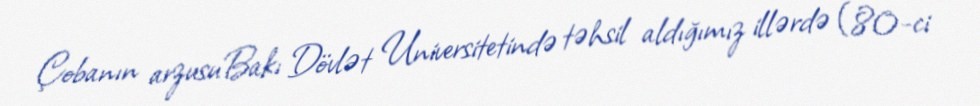
Çobanın arzusuBakı Dövlət Universitetində təhsil aldığımız illərdə (80-ci